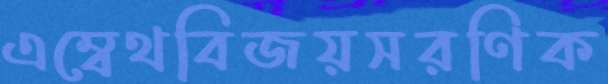
এম্বেথবিজয়সরণিক